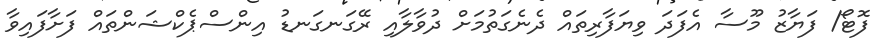
ފޮޓޯ/ ފަޔާޒު މޫސާ އެފަދަ ވިޔަފާރިތައް ދެނެގަތުމަށް ދުވާލާއި ރޭގަނގަނޑު އިންސްޕެކްޝަންތައް ފަށާފައިވާ